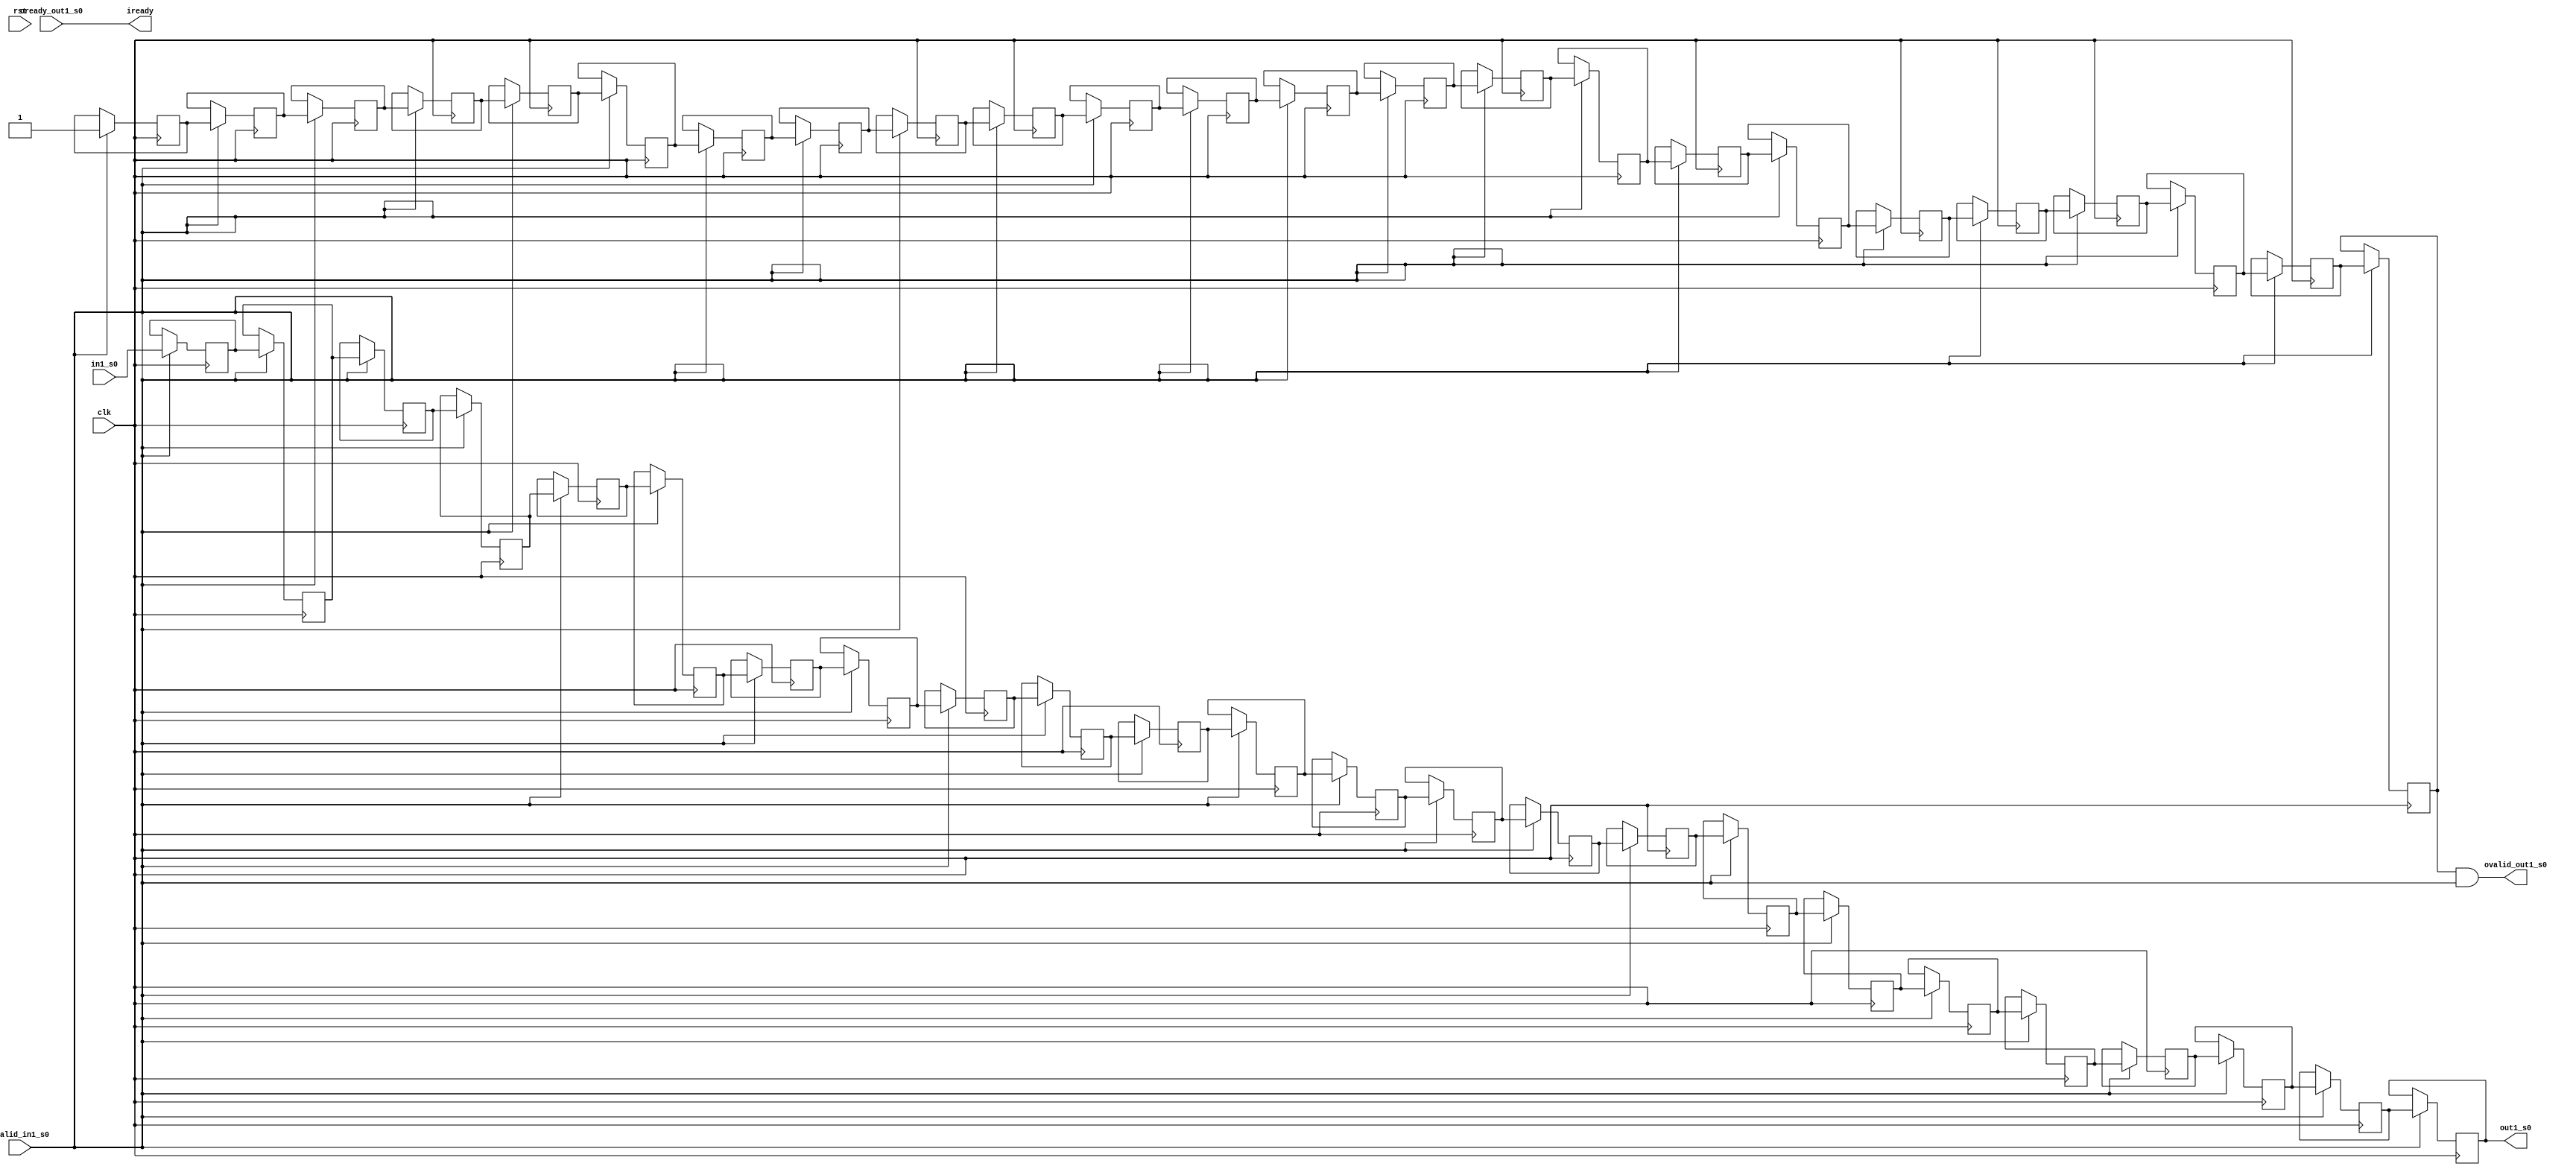
// =============================================================================
// Company              : Unversity of Glasgow, Comuting Science
// Template Author      :        Syed Waqar Nabi
//
// Project Name         : TyTra
//
// Target Devices       : Stratix V 
//
// Generated Design Name: untitled
// Generated Module Name: kernel_top_x_coriolis_ker1_subker0_1_b 
// Generator Version    : R17.0
// Generator TimeStamp  : Thu Jul 25 11:54:14 2019
// 
// Dependencies         : <dependencies>
//
// 
// =============================================================================

// =============================================================================
// General Description
// -----------------------------------------------------------------------------
// Template for axi4 stream compatible buffer used in TyBEC synchronize parallel
// paths with mismatched latencies. 
// Can be used to generate buffer with multiple "taps" for the same data
// ============================================================================= 

module kernel_top_x_coriolis_ker1_subker0_1_b
#(  
    parameter STREAMW = 34
  , parameter SIZE    = 24
)

(
// =============================================================================
// ** Ports 
// =============================================================================
    input                     clk   
  , input                     rst   	
  , output                    iready
  , input                     ivalid_in1_s0
  , input      [STREAMW-1:0]  in1_s0
  
  , output                    ovalid_out1_s0

  , input                     oready_out1_s0

  , output     [STREAMW-1:0]  out1_s0 // at delay = 24 

);

//shift register bank for data, and ovalid(s)
reg [STREAMW-1:0] offsetRegBank [0:SIZE-1];   
reg               valid_shifter [0:SIZE-1];   

//local oready only asserted when *all* outputs are ready
assign oready = 1'b1
  & oready_out1_s0
  ;

//iready when all oready's asserted
assign iready = oready;
              
//tap at relevant delays
//the valid shifter takes care of the initial latency of filling up the buffer
//if ivalid is negated anytime during operation, we simply freeze the stream buffer
//so the valid shifter never gets a "0" in there (and the data shift register never reads 
//invalid data). This contiguity of *valid* data ensures that data of a certain "offset" is 
//always available at a fixed location

assign ovalid_out1_s0 = valid_shifter[24-1] & ivalid_in1_s0;

assign out1_s0 = offsetRegBank[24-1]; // at delay = 24 

//SHIFT write

always @(posedge clk) begin 
  if(ivalid_in1_s0) begin
    offsetRegBank[0]  <=  in1_s0; 
    valid_shifter[0]  <=  ivalid_in1_s0;
    offsetRegBank[1]  <=  offsetRegBank[1-1];
    valid_shifter[1]  <=  valid_shifter[1-1];
    offsetRegBank[2]  <=  offsetRegBank[2-1];
    valid_shifter[2]  <=  valid_shifter[2-1];
    offsetRegBank[3]  <=  offsetRegBank[3-1];
    valid_shifter[3]  <=  valid_shifter[3-1];
    offsetRegBank[4]  <=  offsetRegBank[4-1];
    valid_shifter[4]  <=  valid_shifter[4-1];
    offsetRegBank[5]  <=  offsetRegBank[5-1];
    valid_shifter[5]  <=  valid_shifter[5-1];
    offsetRegBank[6]  <=  offsetRegBank[6-1];
    valid_shifter[6]  <=  valid_shifter[6-1];
    offsetRegBank[7]  <=  offsetRegBank[7-1];
    valid_shifter[7]  <=  valid_shifter[7-1];
    offsetRegBank[8]  <=  offsetRegBank[8-1];
    valid_shifter[8]  <=  valid_shifter[8-1];
    offsetRegBank[9]  <=  offsetRegBank[9-1];
    valid_shifter[9]  <=  valid_shifter[9-1];
    offsetRegBank[10]  <=  offsetRegBank[10-1];
    valid_shifter[10]  <=  valid_shifter[10-1];
    offsetRegBank[11]  <=  offsetRegBank[11-1];
    valid_shifter[11]  <=  valid_shifter[11-1];
    offsetRegBank[12]  <=  offsetRegBank[12-1];
    valid_shifter[12]  <=  valid_shifter[12-1];
    offsetRegBank[13]  <=  offsetRegBank[13-1];
    valid_shifter[13]  <=  valid_shifter[13-1];
    offsetRegBank[14]  <=  offsetRegBank[14-1];
    valid_shifter[14]  <=  valid_shifter[14-1];
    offsetRegBank[15]  <=  offsetRegBank[15-1];
    valid_shifter[15]  <=  valid_shifter[15-1];
    offsetRegBank[16]  <=  offsetRegBank[16-1];
    valid_shifter[16]  <=  valid_shifter[16-1];
    offsetRegBank[17]  <=  offsetRegBank[17-1];
    valid_shifter[17]  <=  valid_shifter[17-1];
    offsetRegBank[18]  <=  offsetRegBank[18-1];
    valid_shifter[18]  <=  valid_shifter[18-1];
    offsetRegBank[19]  <=  offsetRegBank[19-1];
    valid_shifter[19]  <=  valid_shifter[19-1];
    offsetRegBank[20]  <=  offsetRegBank[20-1];
    valid_shifter[20]  <=  valid_shifter[20-1];
    offsetRegBank[21]  <=  offsetRegBank[21-1];
    valid_shifter[21]  <=  valid_shifter[21-1];
    offsetRegBank[22]  <=  offsetRegBank[22-1];
    valid_shifter[22]  <=  valid_shifter[22-1];
    offsetRegBank[23]  <=  offsetRegBank[23-1];
    valid_shifter[23]  <=  valid_shifter[23-1];

  end else begin
    offsetRegBank[0]  <=  offsetRegBank[0];
    valid_shifter[0]  <=  valid_shifter[0];
    offsetRegBank[1]  <=  offsetRegBank[1];
    valid_shifter[1]  <=  valid_shifter[1];
    offsetRegBank[2]  <=  offsetRegBank[2];
    valid_shifter[2]  <=  valid_shifter[2];
    offsetRegBank[3]  <=  offsetRegBank[3];
    valid_shifter[3]  <=  valid_shifter[3];
    offsetRegBank[4]  <=  offsetRegBank[4];
    valid_shifter[4]  <=  valid_shifter[4];
    offsetRegBank[5]  <=  offsetRegBank[5];
    valid_shifter[5]  <=  valid_shifter[5];
    offsetRegBank[6]  <=  offsetRegBank[6];
    valid_shifter[6]  <=  valid_shifter[6];
    offsetRegBank[7]  <=  offsetRegBank[7];
    valid_shifter[7]  <=  valid_shifter[7];
    offsetRegBank[8]  <=  offsetRegBank[8];
    valid_shifter[8]  <=  valid_shifter[8];
    offsetRegBank[9]  <=  offsetRegBank[9];
    valid_shifter[9]  <=  valid_shifter[9];
    offsetRegBank[10]  <=  offsetRegBank[10];
    valid_shifter[10]  <=  valid_shifter[10];
    offsetRegBank[11]  <=  offsetRegBank[11];
    valid_shifter[11]  <=  valid_shifter[11];
    offsetRegBank[12]  <=  offsetRegBank[12];
    valid_shifter[12]  <=  valid_shifter[12];
    offsetRegBank[13]  <=  offsetRegBank[13];
    valid_shifter[13]  <=  valid_shifter[13];
    offsetRegBank[14]  <=  offsetRegBank[14];
    valid_shifter[14]  <=  valid_shifter[14];
    offsetRegBank[15]  <=  offsetRegBank[15];
    valid_shifter[15]  <=  valid_shifter[15];
    offsetRegBank[16]  <=  offsetRegBank[16];
    valid_shifter[16]  <=  valid_shifter[16];
    offsetRegBank[17]  <=  offsetRegBank[17];
    valid_shifter[17]  <=  valid_shifter[17];
    offsetRegBank[18]  <=  offsetRegBank[18];
    valid_shifter[18]  <=  valid_shifter[18];
    offsetRegBank[19]  <=  offsetRegBank[19];
    valid_shifter[19]  <=  valid_shifter[19];
    offsetRegBank[20]  <=  offsetRegBank[20];
    valid_shifter[20]  <=  valid_shifter[20];
    offsetRegBank[21]  <=  offsetRegBank[21];
    valid_shifter[21]  <=  valid_shifter[21];
    offsetRegBank[22]  <=  offsetRegBank[22];
    valid_shifter[22]  <=  valid_shifter[22];
    offsetRegBank[23]  <=  offsetRegBank[23];
    valid_shifter[23]  <=  valid_shifter[23];

  end
end

endmodule